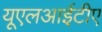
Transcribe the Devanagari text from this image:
यूएलआईटीए